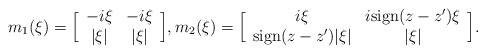
\begin{align*}m_1(\xi)=\Big[\begin{array}{cc}-i\xi & -i\xi\\|\xi| & |\xi| \\\end{array}\Big], m_2(\xi) = \Big[ \begin{array}{cc}i \xi & i\textup{sign}(z-z') \xi\\\textup{sign}(z-z')|\xi| & |\xi|\\ \end{array}\Big].\end{align*}